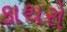
કાથરો